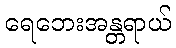
ရေဘေးအန္တရာယ်